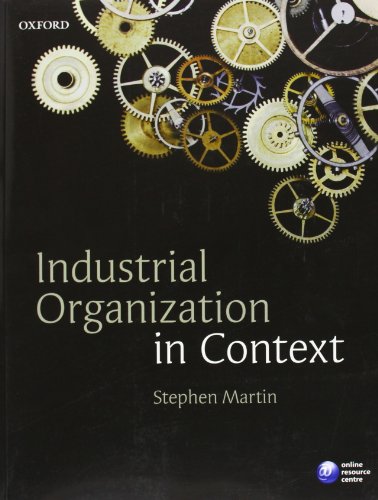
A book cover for Industrial Organization in Context; Stephen Martin; Business & Money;